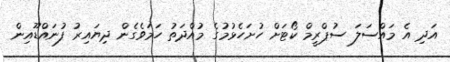
އަދި އެ މައްސަލަ ސުޕްރީމް ކޯޓަށް ހުށަހެޅުމުގެ މުއްދަތު ހަމަވެގެން ދިޔައިރު ފުނައްޑޫއިން